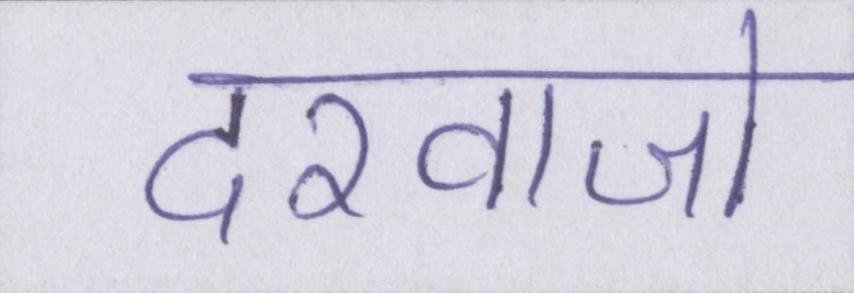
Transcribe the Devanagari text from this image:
दरवाजो